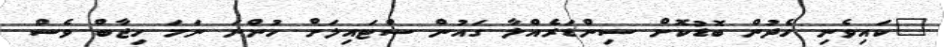
"ކައިވެނި ހެދުން ބޮޑުކޮށް ސިންޑަރެއްލާ ގައުން ސްޓައިލަށް ހުންނަ ނަމަ ހިޖާބް ވެސް